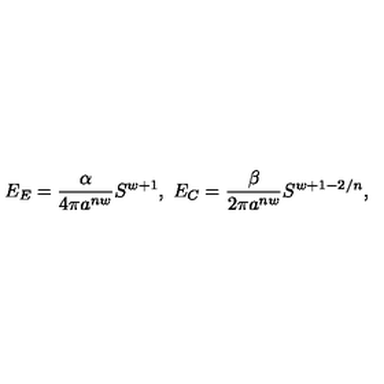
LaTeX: E _ { E } = { \frac { \alpha } { 4 \pi a ^ { n w } } } S ^ { w + 1 } , \ E _ { C } = { \frac { \beta } { 2 \pi a ^ { n w } } } S ^ { w + 1 - 2 / n } ,